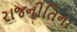
રાજનીતિના